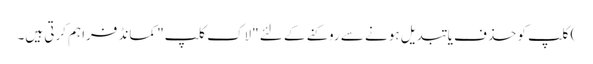
) کلپ کو حذف یا تبدیل ہونے سے روکنے کے لئے "لاک کلپ" کمانڈ فراہم کرتی ہیں۔